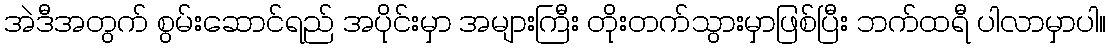
အဲဒီအတွက် စွမ်းဆောင်ရည် အပိုင်းမှာ အများကြီး တိုးတက်သွားမှာဖြစ်ပြီး ဘက်ထရီ ပါလာမှာပါ။